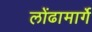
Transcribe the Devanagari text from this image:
लोंढामार्गे